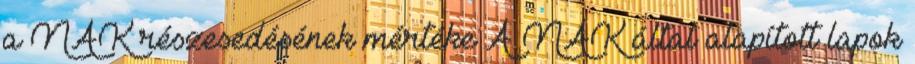
a NAK részesedésének mértéke A NAK által alapított lapok